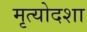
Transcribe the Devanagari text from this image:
मृत्योदशा